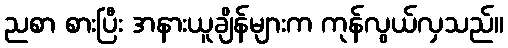
ညစာ စားပြီး အနားယူချိန်များက ကုန်လွယ်လှသည်။